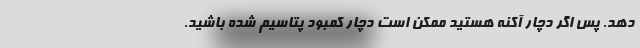
دهد. پس اگر دچار آکنه هستید ممکن است دچار کمبود پتاسیم شده باشید.